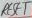
Text: RESET